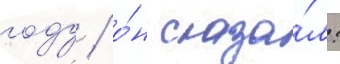
году / о́н сказа́л: